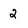
Character: 2